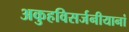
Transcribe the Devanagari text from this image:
अकुहविसर्जनीयानां